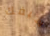
سيفك